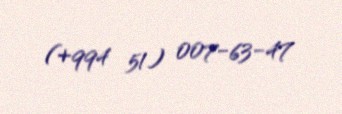
(+994 51) 007-63-47